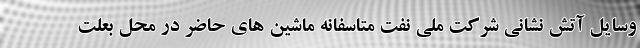
وسایل آتش نشانی شرکت ملی نفت متاسفانه ماشین های حاضر در محل بعلت